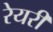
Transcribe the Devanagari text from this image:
रेयरी